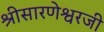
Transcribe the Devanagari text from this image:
श्रीसारणेश्वरजी